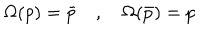
LaTeX: \Omega ( p ) = \bar { p } \quad , \quad \Omega ( \bar { p } ) = p